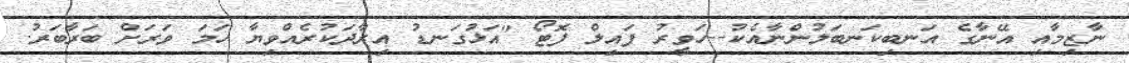
ނާޒިމާއި އޭނާގެ އަނބިކަނބަލުންނާއެކު--ހަވީރު ފައިލް ފޮޓޯ "އަޅުގަނޑު އިރާދަކުރެއްވިޔާ ހަމަ ވަރަށް ބަރާބަރު.